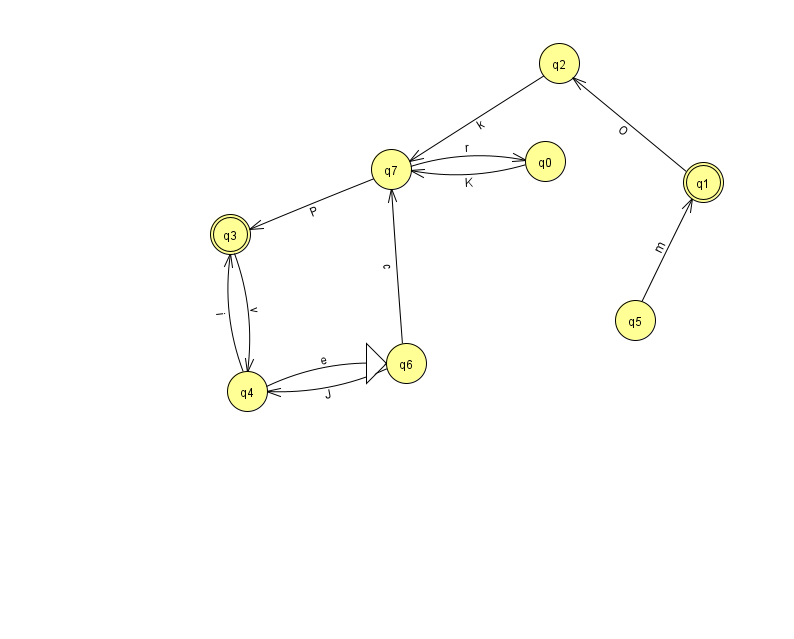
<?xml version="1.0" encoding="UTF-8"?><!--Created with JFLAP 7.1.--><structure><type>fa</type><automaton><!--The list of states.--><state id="0" name="q0"><x>545.0</x><y>148.0</y></state><state id="1" name="q1"><x>703.0</x><y>169.0</y><final/></state><state id="2" name="q2"><x>559.0</x><y>50.0</y></state><state id="3" name="q3"><x>230.0</x><y>221.0</y><final/></state><state id="4" name="q4"><x>247.0</x><y>378.0</y></state><state id="5" name="q5"><x>635.0</x><y>307.0</y></state><state id="6" name="q6"><x>406.0</x><y>350.0</y><initial/></state><state id="7" name="q7"><x>391.0</x><y>156.0</y></state><!--The list of transitions.--><transition><from>4</from><to>6</to><read>e</read></transition><transition><from>4</from><to>3</to><read>i</read></transition><transition><from>1</from><to>2</to><read>O</read></transition><transition><from>0</from><to>7</to><read>K</read></transition><transition><from>7</from><to>3</to><read>P</read></transition><transition><from>6</from><to>7</to><read>c</read></transition><transition><from>3</from><to>4</to><read>v</read></transition><transition><from>7</from><to>0</to><read>r</read></transition><transition><from>2</from><to>7</to><read>k</read></transition><transition><from>6</from><to>4</to><read>J</read></transition><transition><from>5</from><to>1</to><read>m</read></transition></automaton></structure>